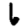
Digit: 6